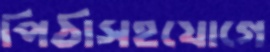
পিঠাসহযোগে